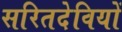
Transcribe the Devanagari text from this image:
सरितदेवियों